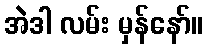
အဲဒါ လမ်း မှန်နော်။